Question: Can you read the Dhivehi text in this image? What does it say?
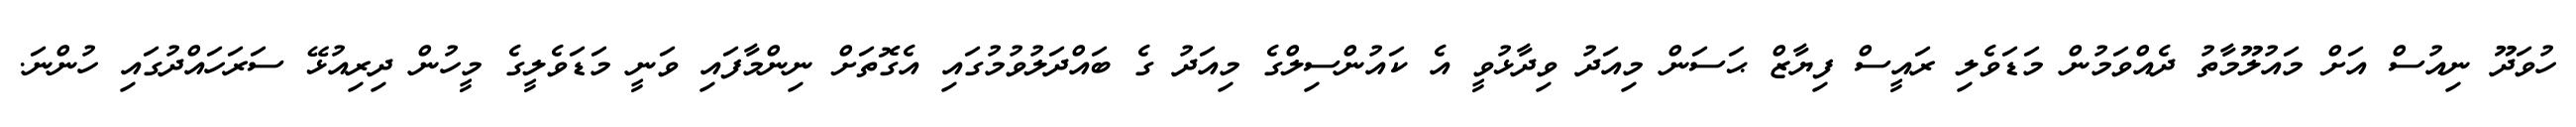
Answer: ހުވަދޫ ނިއުސް އަށް މައުލޫމާތު ދެއްވަމުން މަޑަވެލި ރައީސް ފިޔާޒް ޙަސަން މިއަދު ވިދާޅުވީ އެ ކައުންސިލްގެ މިއަދު ގެ ބައްދަލުވުމުގައި އެގޮތަށް ނިންމާފައި ވަނީ މަޑަވެލީގެ މީހުން ދިރިއުޅޭ ސަރަހައްދުގައި ހުންނަ.